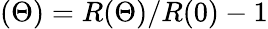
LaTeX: (\Theta)=R(\Theta)/R(0)-1